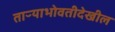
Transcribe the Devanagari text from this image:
ताऱ्याभोवतीदेखील